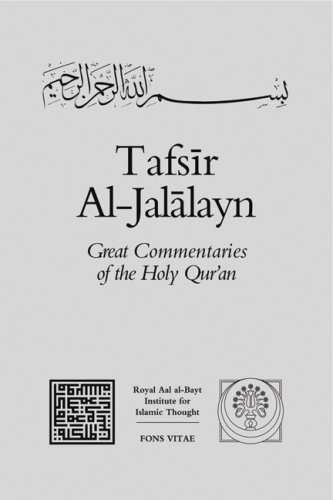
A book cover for Tafsir Al-Jalalayn (Great Commentaries of the Holy Qur'an) (v. 1); Jalal al-Din al-Mahalli; Religion & Spirituality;